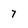
Character: 7